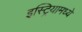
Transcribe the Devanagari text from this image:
इस्ट्रियामध्ये